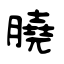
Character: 膮